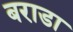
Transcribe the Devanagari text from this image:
बराडा